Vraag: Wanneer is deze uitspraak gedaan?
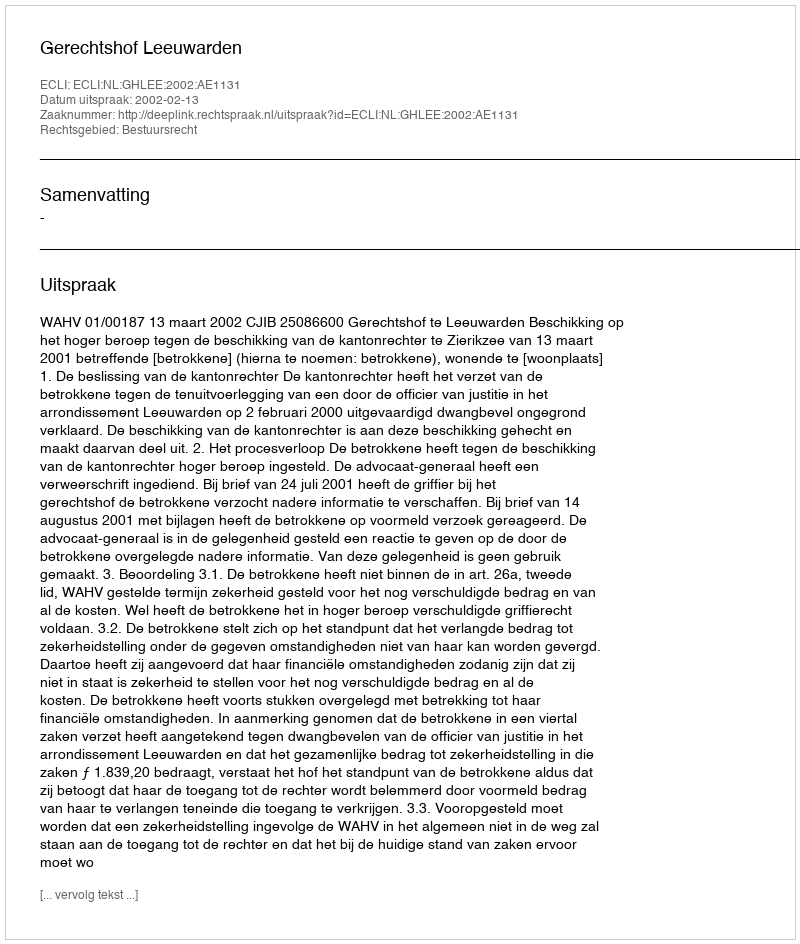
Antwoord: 2002-02-13